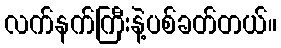
လက်နက်ကြီးနဲ့ပစ်ခတ်တယ်။